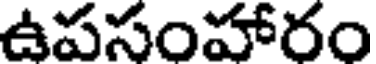
ఉపసంహారం